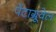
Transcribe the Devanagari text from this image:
पेंटाग्रूवेल